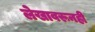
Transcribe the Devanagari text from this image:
लेखावरूनही